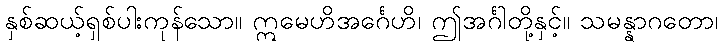
နှစ်ဆယ့်ရှစ်ပါးကုန်သော။ ဣမေဟိအင်္ဂေဟိ၊ ဤအင်္ဂါတို့နှင့်။ သမန္နာဂတော၊